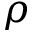
\rho